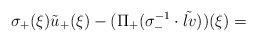
LaTeX: \begin{align*}\sigma_+(\xi)\tilde u_+(\xi)-(\Pi_+(\sigma^{-1}_-\cdot\tilde{lv}))(\xi)=\end{align*}